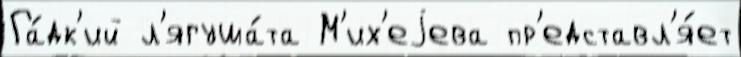
Га́дк'ий л'ягуша́та М'их'еjева пр'едставл'я́ет